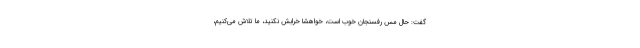
گفت: حال مس رفسنجان خوب است، خواهشا خرابش نکنید، ما تلاش می‌کنیم،